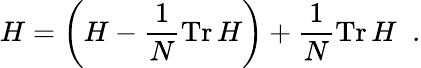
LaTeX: H=\left(H-{\frac{1}{N}}\mathrm{Tr}\, H\right)+{\frac{1}{N}}\mathrm{Tr}\, H\; \; .